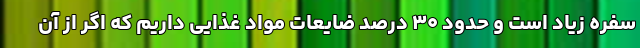
سفره زیاد است و حدود ۳۰ درصد ضایعات مواد غذایی داریم که اگر از آن